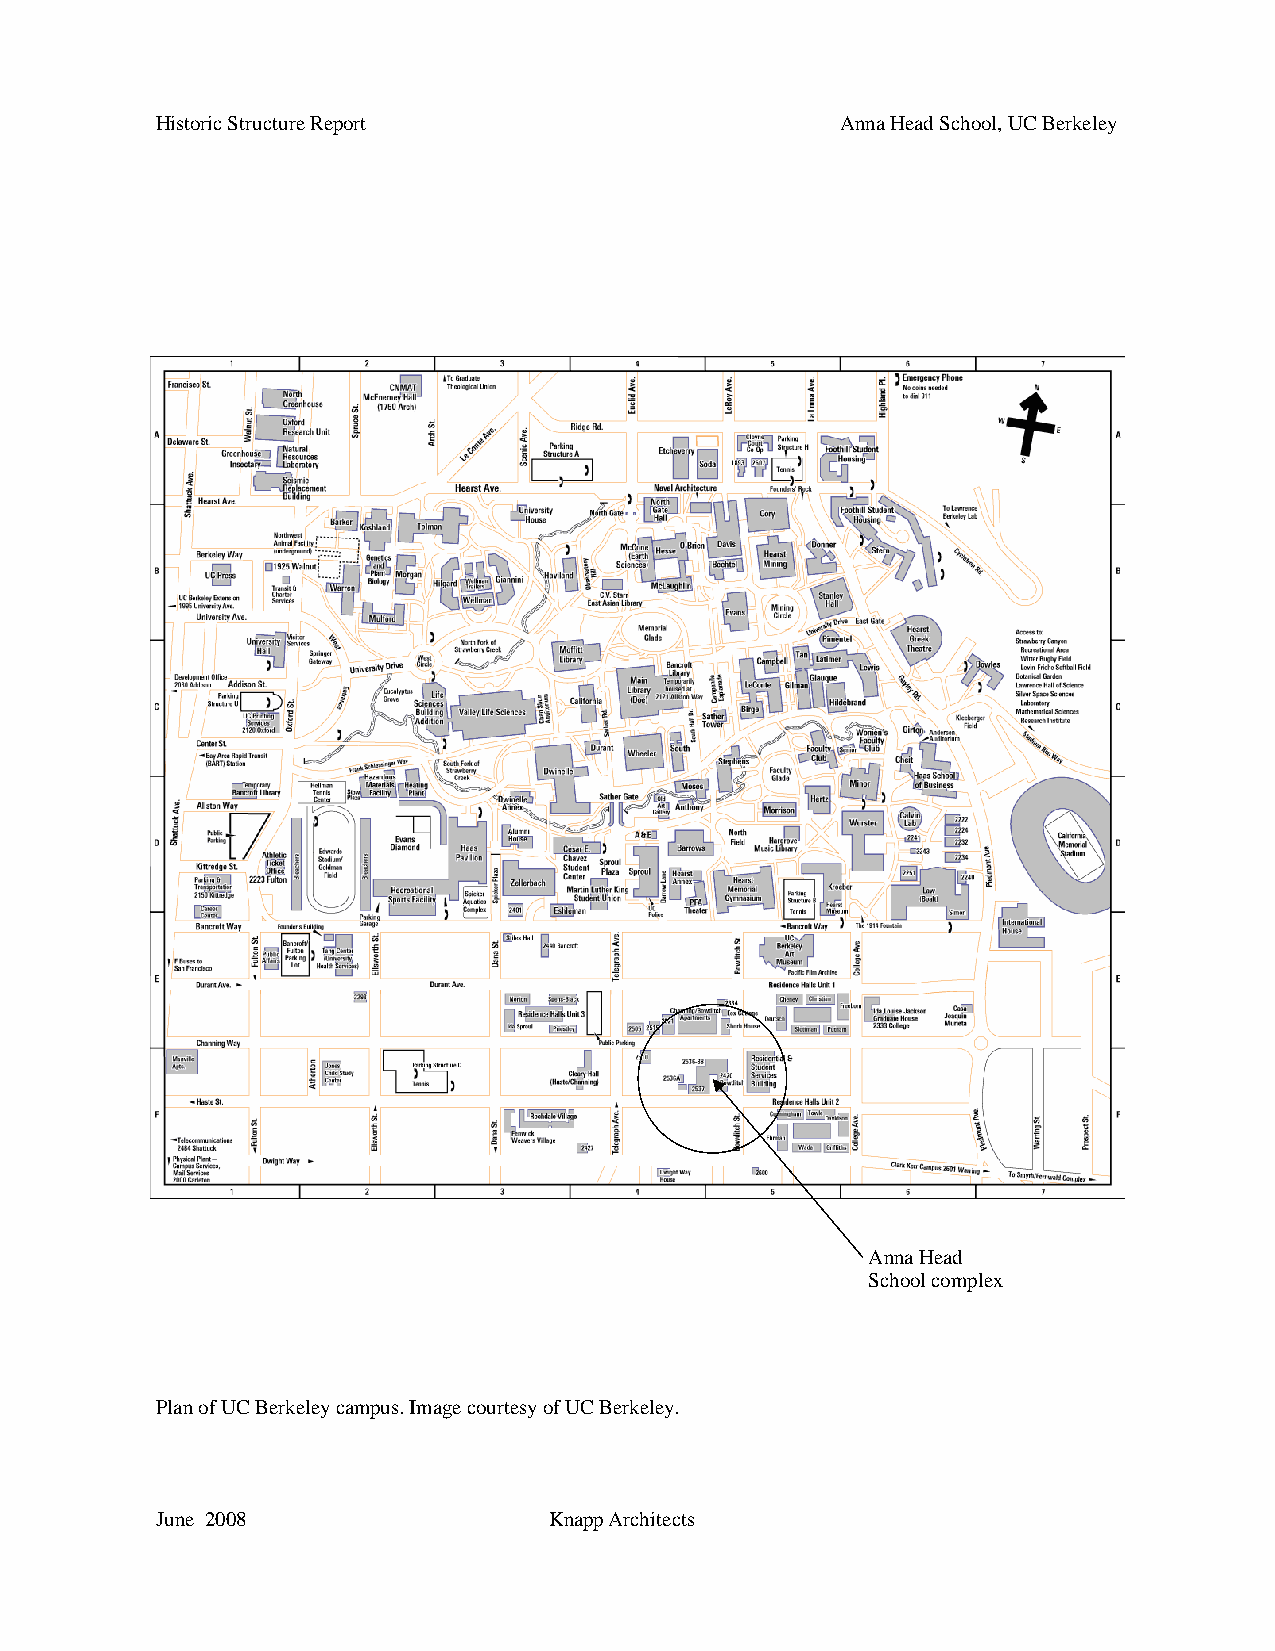
Historic Structure Report                     Anna Head School, UC Berkeley
 Anna Head
 School complex
 Plan of UC Berkeley campus. Image courtesy of UC Berkeley.
 June 2008                 Knapp Architects